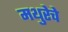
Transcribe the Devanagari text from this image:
मथुरेचे